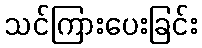
သင်ကြားပေးခြင်း